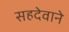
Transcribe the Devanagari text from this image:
सहदेवाने